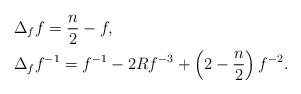
LaTeX: \begin{align*}&\Delta_{f} f=\frac{n}{2}-f, \\&\Delta_{f} f^{-1}=f^{-1}-2Rf^{-3}+ \left(2-\frac{n}{2} \right) f^{-2}. \end{align*}